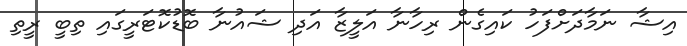
އިޝާ ނަމާދަށްފަހު ކައިގެން ރިހާނާ އަލީޒާ އަދި ޝައުނާ ބޮޑުކޮޓަރީގައި ތިބީ ރީތި